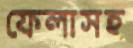
ফেলাসহ